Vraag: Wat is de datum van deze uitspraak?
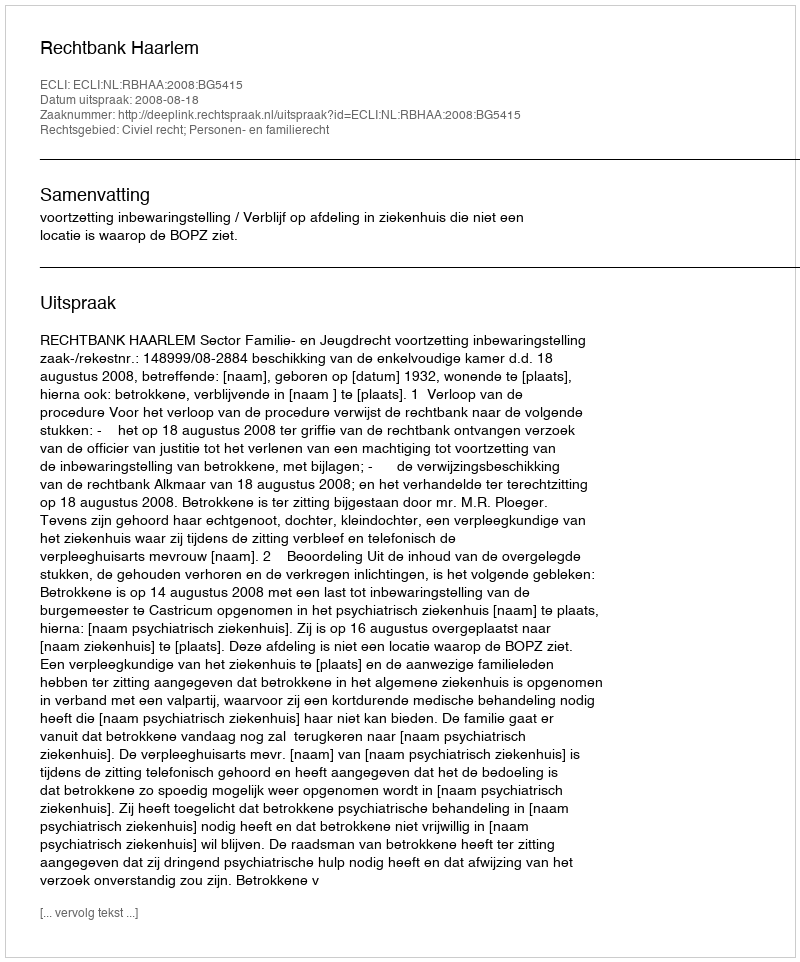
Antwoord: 2008-08-18